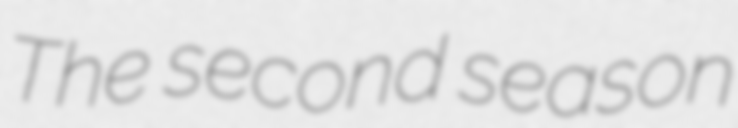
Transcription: The second season